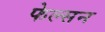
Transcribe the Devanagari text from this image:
फेल्सन